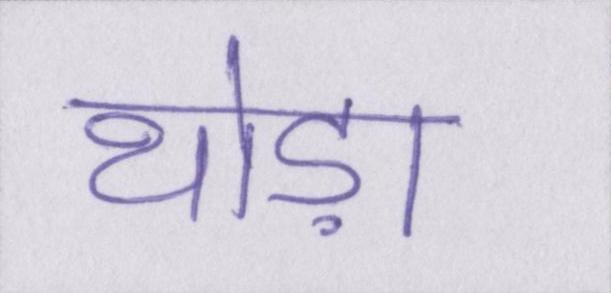
थोड़ा